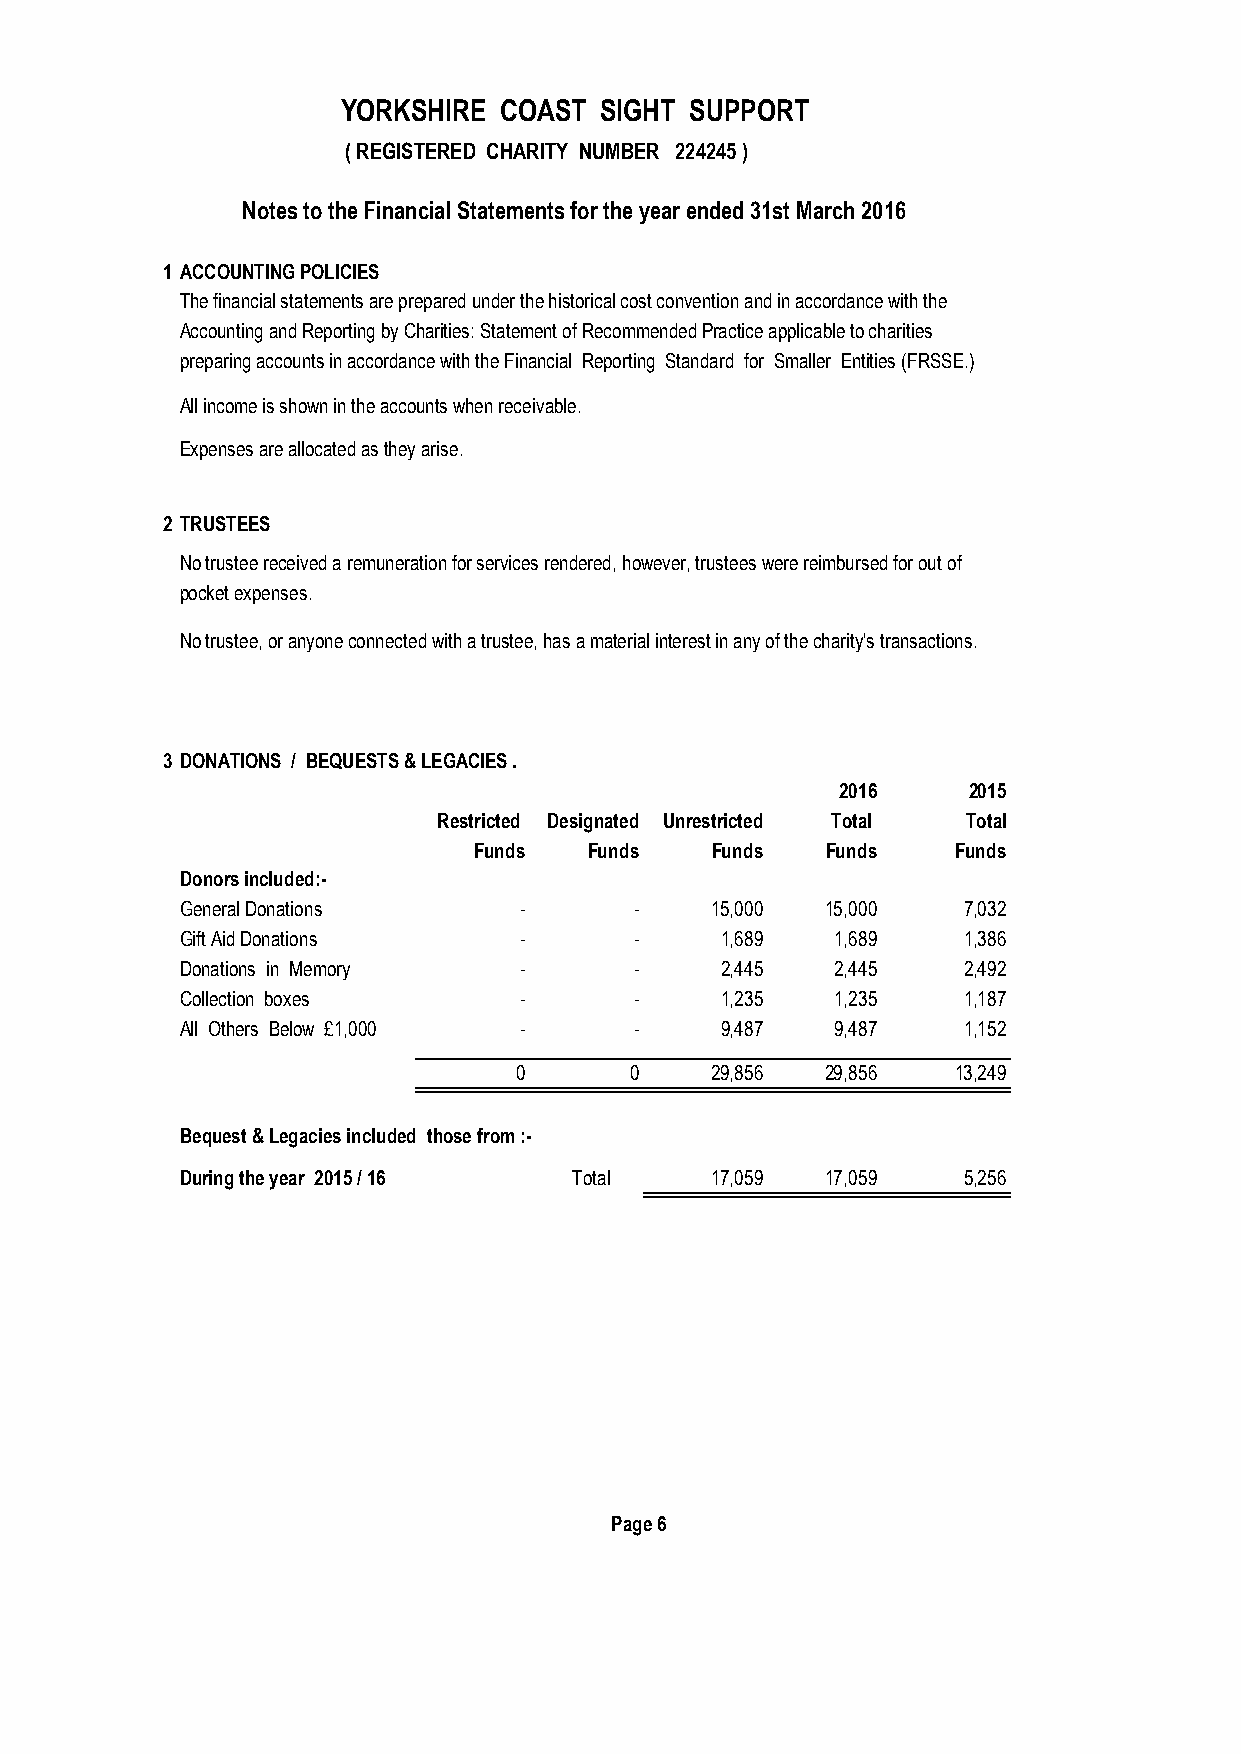
YORKSHIRE COAST  SIGHT SUPPORT
 ( REGISTERED CHARITY NUMBER 224245 )
 Notes to the Financial Statements for the year ended 31st March 2016
 1 ACCOUNTING POLICIES
 The financial statements are prepared under the historical cost convention and in accordance with the
 Accounting and Reporting by Charities: Statement of Recommended Practice applicable to charities
 preparing accounts in accordance with the Financial Reporting Standard for Smaller Entities (FRSSE.)
 All income is shown in the accounts when receivable.
 Expenses are allocated as they arise.
 2 TRUSTEES
 No trustee received a remuneration for services rendered, however, trustees were reimbursed for out of
 pocket expenses.
 No trustee, or anyone connected with a trustee, has a material interest in any of the charity's transactions.
 3 DONATIONS / BEQUESTS & LEGACIES .
 2016    2015
 Restricted Designated Unrestricted Total Total
 Funds   Funds   Funds   Funds   Funds
 Donors included:-
 General Donations     -       -    15,000  15,000   7,032
 Gift Aid Donations    -       -     1,689  1,689    1,386
 Donations in Memory   -       -     2,445  2,445    2,492
 Collection boxes      -       -     1,235  1,235    1,187
 All Others Below £1,000 -     -     9,487  9,487    1,152
 0       0    29,856  29,856  13,249
 Bequest & Legacies included those from :-
 During the year 2015 / 16 Total    17,059  17,059   5,256
 Page 6